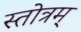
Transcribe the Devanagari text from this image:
स्तोत्रम्